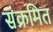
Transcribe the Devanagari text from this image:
संक्रमित